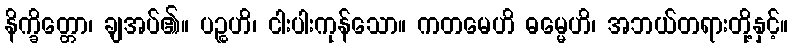
နိက္ခိတ္တော၊ ချအပ်၏။ ပဉ္စဟိ၊ ငါးပါးကုန်သော။ ကတမေဟိ ဓမ္မေဟိ၊ အဘယ်တရားတို့နှင့်။